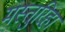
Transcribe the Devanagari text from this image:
मस्तुरिहा